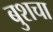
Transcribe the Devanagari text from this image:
बुशचा